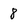
Character: 8